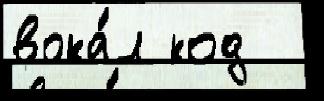
вока́л код